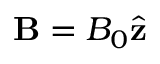
\mathbf { B } = B _ { 0 } \hat { \mathbf { z } }